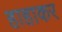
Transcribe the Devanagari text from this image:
हाहाकर